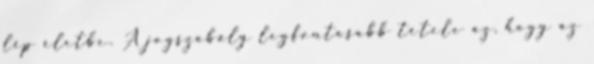
lép életbe. A jogszabály legfontosabb tétele az, hogy az